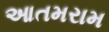
આતમરામ